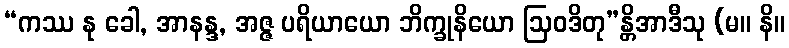
“ကဿ နု ခေါ, အာနန္ဒ, အဇ္ဇ ပရိယာယော ဘိက္ခုနိယော ဩဝဒိတု”န္တိအာဒီသု (မ။ နိ။